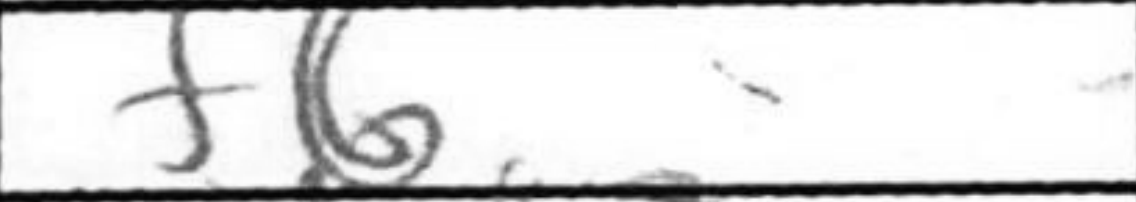
Transcription: f6